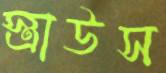
স্ত্রাউস